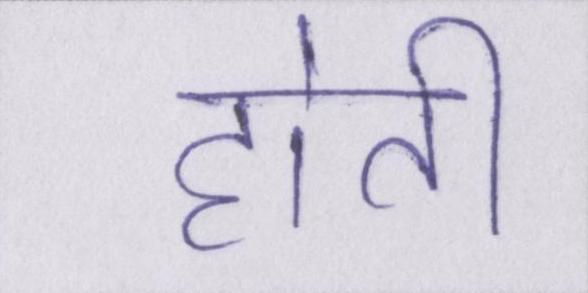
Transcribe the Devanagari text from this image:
होती